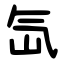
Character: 氙